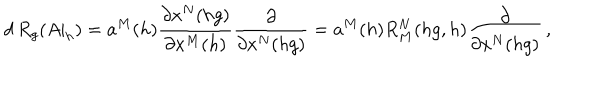
d \, R _ { g } ( A | _ { h } ) = a ^ { M } ( h ) \frac { \partial x ^ { N } ( h g ) } { \partial x ^ { M } ( h ) } \frac { \partial } { \partial x ^ { N } ( h g ) } = a ^ { M } ( h ) R _ { M } ^ { N } ( h g , h ) \frac { \partial } { \partial x ^ { N } ( h g ) } \, ,